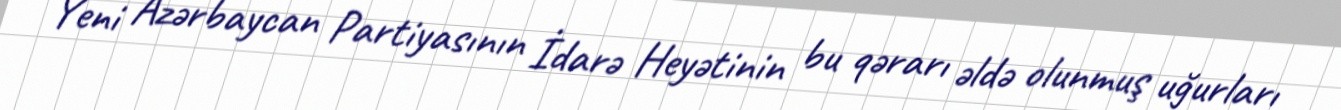
Yeni Azərbaycan Partiyasının İdarə Heyətinin bu qərarı əldə olunmuş uğurları